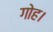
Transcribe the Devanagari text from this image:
गोह।